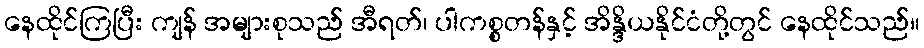
နေထိုင်ကြပြီး ကျန် အများစုသည် အီရတ်၊ ပါကစ္စတန်နှင့် အိန္ဒိယနိုင်ငံတို့တွင် နေထိုင်သည်။